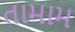
તામામ